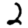
Digit: 2